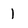
Character: 1